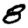
Digit: 8